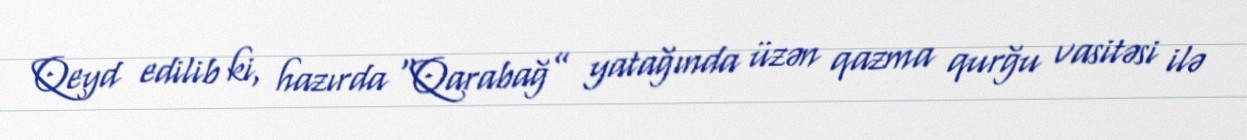
Qeyd edilib ki, hazırda “Qarabağ” yatağında üzən qazma qurğu vasitəsi ilə